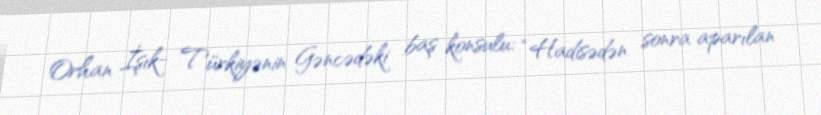
Orhan İşık- Türkiyənin Gəncədəki baş konsulu: “Hadisədən sonra aparılan